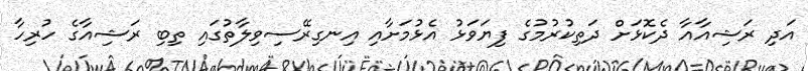
އަދި ރަޝިއާއާ ދެކޮޅަށް ދަތިކުރުމުގެ ފިޔަވަޅު އެޅުމަށާއި އިނގިރޭސިވިލާތުގައި ތިބި ރަޝިއާގެ ހުރިހާ